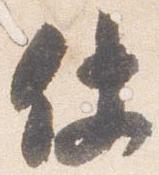
仗